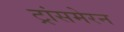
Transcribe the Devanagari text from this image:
ट्रांसमेरन